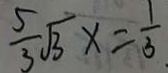
\frac { 5 } { 3 } \sqrt { 3 } x = \frac { 1 } { 3 }